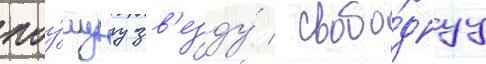
поу́щуу зв'езду́ / свобо́днуу